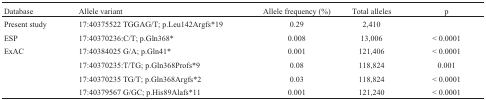
<table><thead><tr><td><b>Database</b></td><td><b>Allele variant</b></td><td><b>Allele frequency (%)</b></td><td><b>Total alleles</b></td><td><b>p</b></td></tr></thead><tbody><tr><td>Present study</td><td>17:40375522 TGGAG/T; p.Leu142Argfs*19</td><td>0.29</td><td>2,410</td><td></td></tr><tr><td>ESP</td><td>17:40370236:C/T; p. Gln368*</td><td>0.008</td><td>13,006</td><td>&lt; 0.0001</td></tr><tr><td>ExAC</td><td>17:40384025 G/A; p. Gln41*</td><td>0.001</td><td>121,406</td><td>&lt; 0.0001</td></tr><tr><td></td><td>17:40370235:T/TG; p.Gln368Profs*9</td><td>0.08</td><td>118,824</td><td>0.001</td></tr><tr><td></td><td>17:40370235 TG/T; p.Gln368Argfs*2</td><td>0.03</td><td>118,824</td><td>&lt; 0.0001</td></tr><tr><td></td><td>17:40379567 G/GC; p.His89Alafs*11</td><td>0.001</td><td>121,240</td><td>&lt; 0.0001</td></tr></tbody></table>